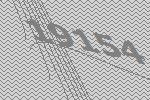
19154